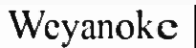
Weyanoke